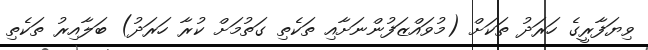
ވިޔަފާރީގެ ހަރަދު ތަކަށް (މުވައްޒަފުންނަށާއި ތަކެތި ގަތުމަށް ކުރާ ހަރަދު) ބަލާއިރު ތަކެތި